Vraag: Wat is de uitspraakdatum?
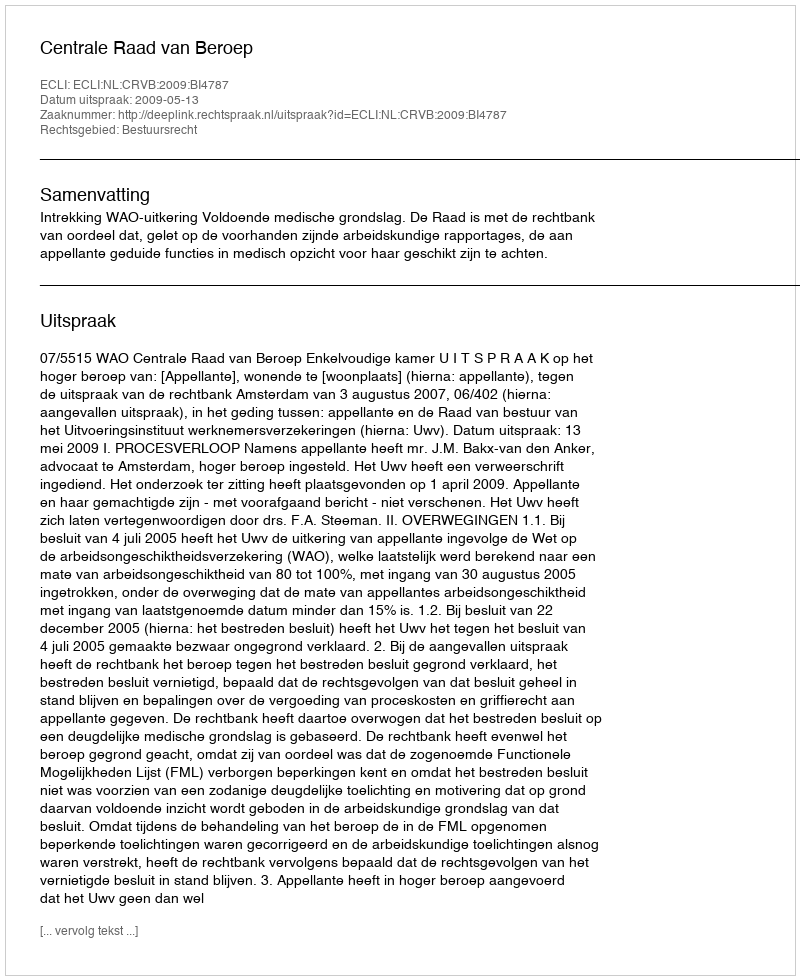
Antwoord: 2009-05-13